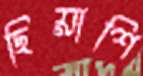
ছিয়াশি